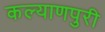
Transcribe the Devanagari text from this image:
कल्याणपुरी